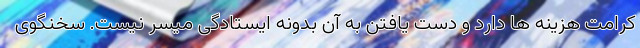
کرامت هزینه ها دارد و دست یافتن به آن بدونه ایستادگی میسر نیست. سخنگوی